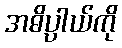
အဓိပ္ပါယ်ကို